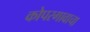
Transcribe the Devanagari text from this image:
कोपरगावाचा